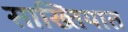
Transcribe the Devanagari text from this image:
साख्तियात